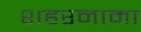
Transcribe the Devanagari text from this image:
शहरनामा